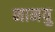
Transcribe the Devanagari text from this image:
नानयु